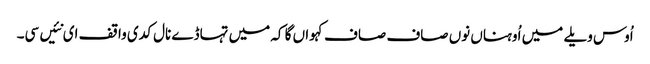
اُوس ویلے میں اُوہناں نوں صاف صاف کہواں گا کہ میں تہاڈے نال کدی واقف ای نئیں سی۔